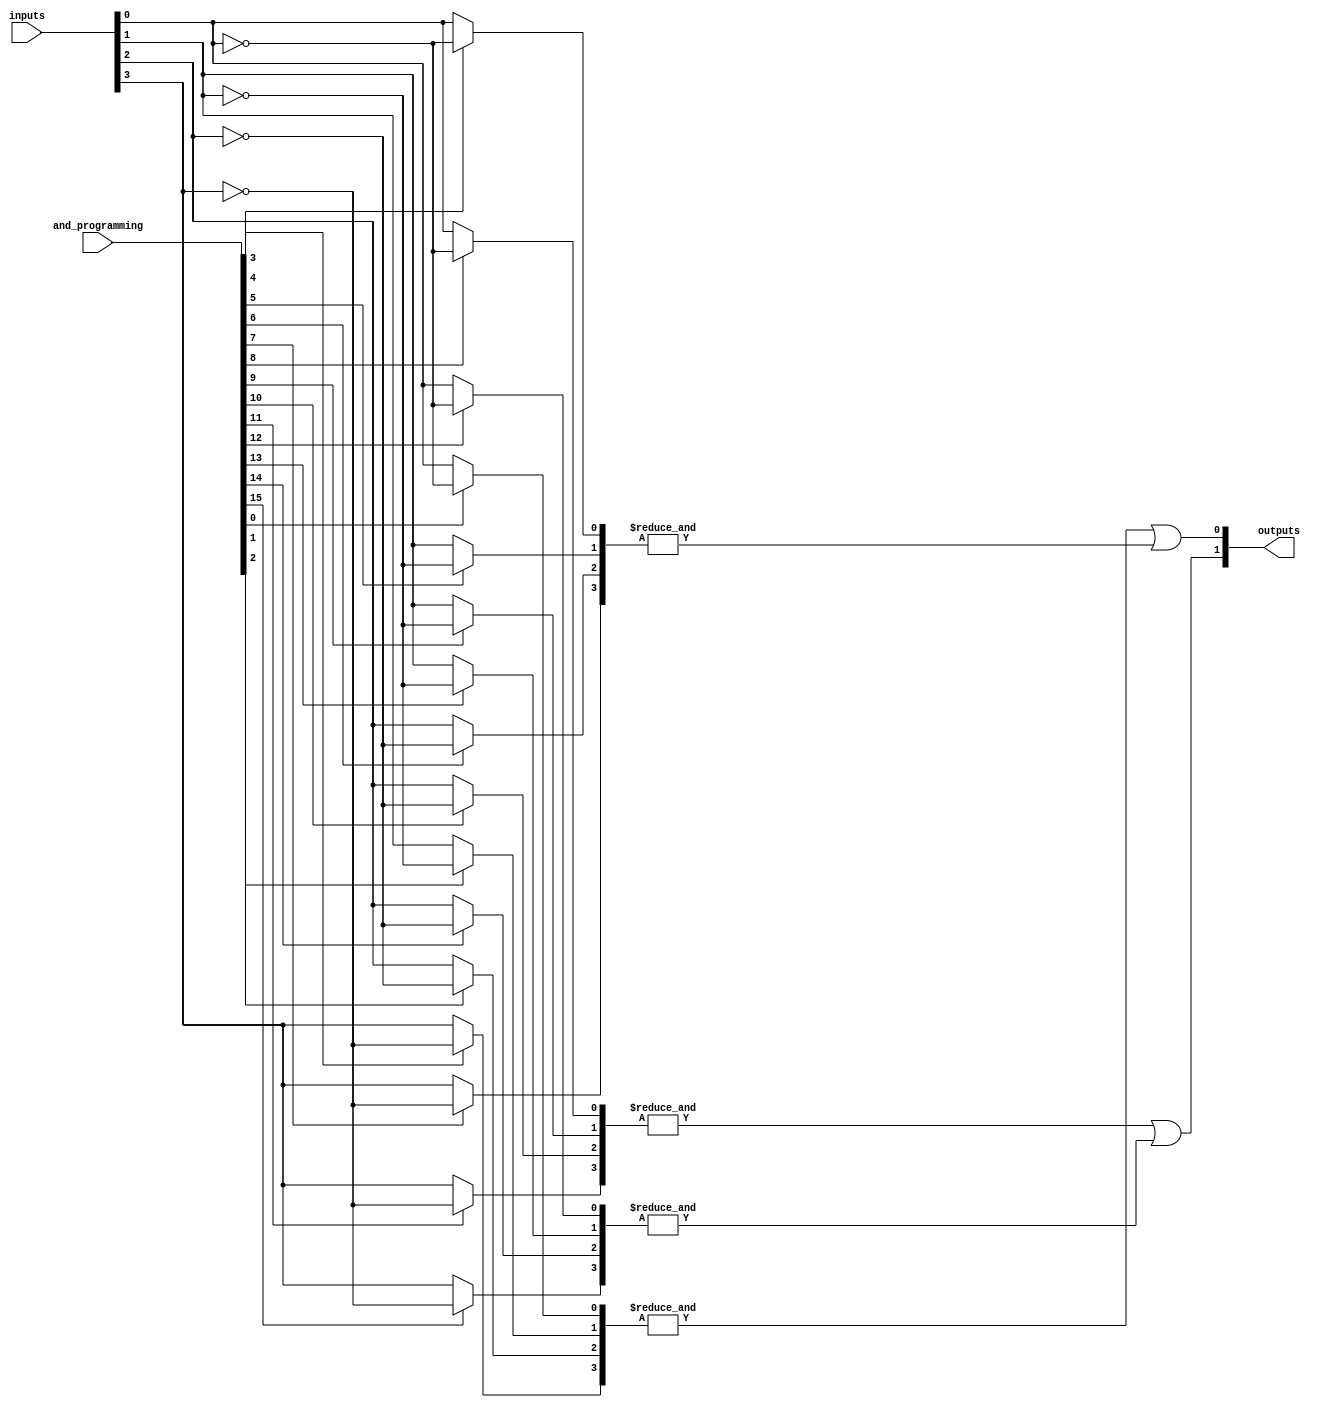
module GPAL #(
    parameter N = 4,  // Number of inputs
    parameter M = 2,  // Number of outputs
    parameter K = 4   // Number of AND gates
)(
    input  [N-1:0] inputs,               // Input signals
    input  [K*N-1:0] and_programming,     // Programming signals for AND gates
    output [M-1:0] outputs                // Output signals
);

// Internal signals
wire [K-1:0] and_outputs;               // Outputs from AND gates

// Generate the programmable AND gates
genvar i, j;
generate
    for (i = 0; i < K; i = i + 1) begin : and_gate
        wire [N-1:0] and_input;
        for (j = 0; j < N; j = j + 1) begin : input_selection
            assign and_input[j] = and_programming[i*N + j] ? ~inputs[j] : inputs[j];
        end
        assign and_outputs[i] = &and_input; // AND operation
    end
endgenerate

// Fixed OR array
assign outputs[0] = and_outputs[0] | and_outputs[1]; // Example OR logic
assign outputs[1] = and_outputs[2] | and_outputs[3]; // Example OR logic

endmodule